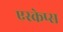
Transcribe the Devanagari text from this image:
एस्केप्स